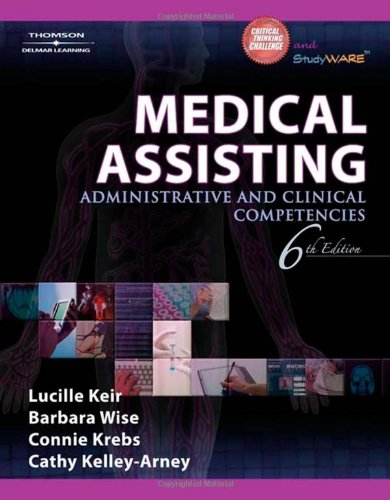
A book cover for Medical Assisting: Administrative and Clinical Competencies; Lucille Keir; Medical Books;